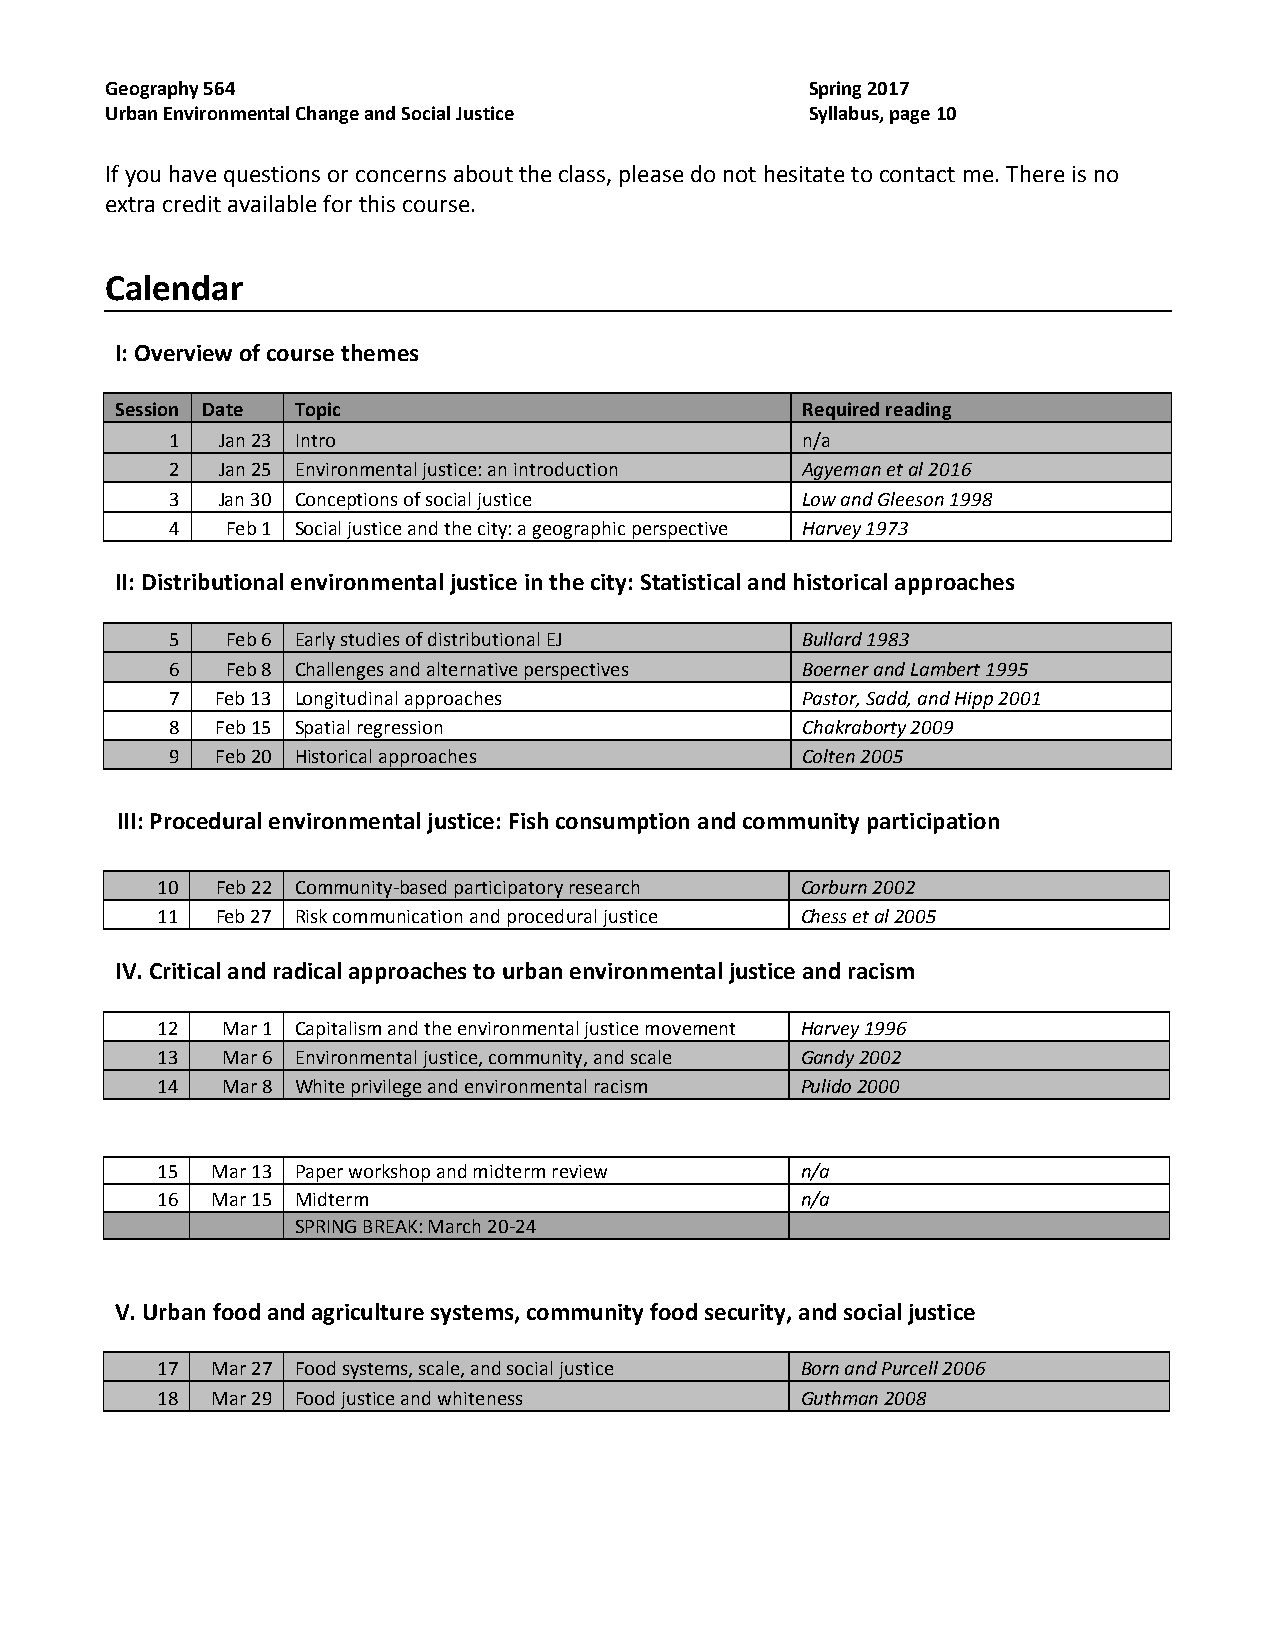
Geography 564                                  Spring 2017
 Urban Environmental Change and Social Justice  Syllabus, page 10
 If you have questions or concerns about the class, please do not hesitate to contact me. There is no
 extra credit available for this course.
 Calendar
 I: Overview of course themes
 Session Date Topic                           Required reading
 1  Jan 23 Intro                           n/a
 2  Jan 25 Environmental justice: an introduction Agyeman et al 2016
 3  Jan 30 Conceptions of social justice   Low and Gleeson 1998
 4   Feb 1 Social justice and the city: a geographic perspective Harvey 1973
 II: Distributional environmental justice in the city: Statistical and historical approaches
 5   Feb 6 Early studies of distributional EJ Bullard 1983
 6   Feb 8 Challenges and alternative perspectives Boerner and Lambert 1995
 7  Feb 13 Longitudinal approaches         Pastor, Sadd, and Hipp 2001
 8  Feb 15 Spatial regression              Chakraborty 2009
 9  Feb 20 Historical approaches           Colten 2005
 III: Procedural environmental justice: Fish consumption and community participation
 10  Feb 22 Community-based participatory research Corburn 2002
 11  Feb 27 Risk communication and procedural justice Chess et al 2005
 IV. Critical and radical approaches to urban environmental justice and racism
 12   Mar 1 Capitalism and the environmental justice movement Harvey 1996
 13   Mar 6 Environmental justice, community, and scale Gandy 2002
 14   Mar 8 White privilege and environmental racism Pulido 2000
 15  Mar 13 Paper workshop and midterm review n/a
 16  Mar 15 Midterm                         n/a
 SPRING BREAK: March 20-24
 V. Urban food and agriculture systems, community food security, and social justice
 17  Mar 27 Food systems, scale, and social justice Born and Purcell 2006
 18  Mar 29 Food justice and whiteness      Guthman 2008